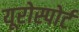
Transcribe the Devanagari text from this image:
यूरोस्पोर्ट